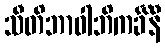
သီတိဘာဝါဘိကင်္ခိနီ